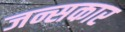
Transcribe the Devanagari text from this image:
जन्सकार